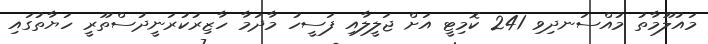
މައުލޫމާތު މުއްސަނދިވި 241 ކޮމިޓީ އަށް ޖަލީލާއި ފަސީހު މާދަމާ ހާޒިރުކުރަނީދުސްތޫރީ ހަޔާތުގައި